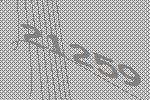
21259